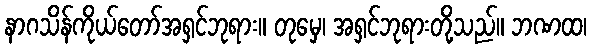
နာဂသိန်ကိုယ်တော်အရှင်ဘုရား။ တုမှေ၊ အရှင်ဘုရားတို့သည်။ ဘဏထ၊